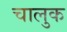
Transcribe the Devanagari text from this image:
चालुक